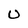
Character: U